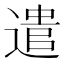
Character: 遣